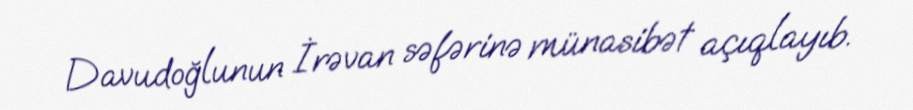
Davudoğlunun İrəvan səfərinə münasibət açıqlayıb.